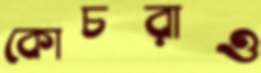
কোচরাও